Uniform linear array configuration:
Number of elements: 8
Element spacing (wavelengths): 0.5
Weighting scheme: cosine
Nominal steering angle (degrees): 45
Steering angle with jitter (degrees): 45.375
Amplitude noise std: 0.05
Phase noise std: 0.05

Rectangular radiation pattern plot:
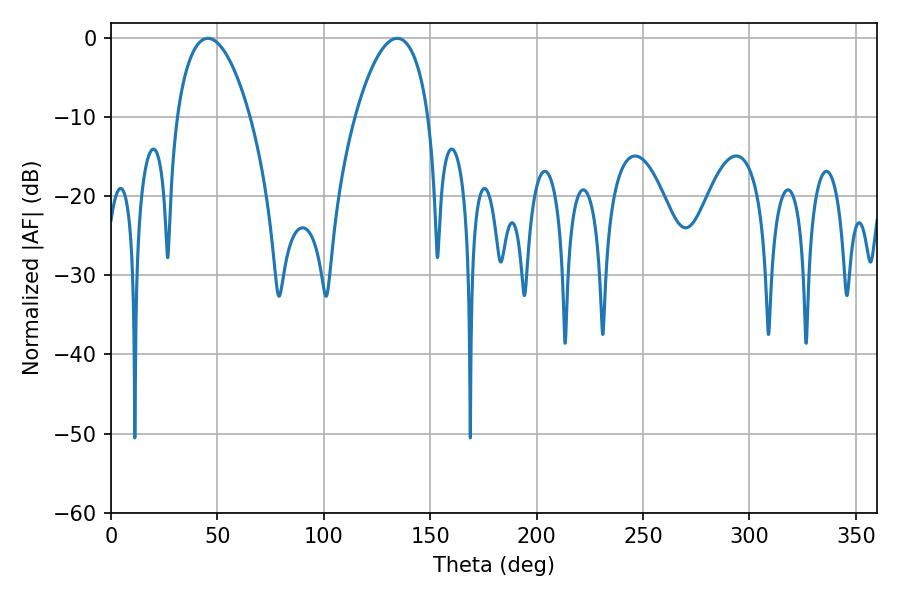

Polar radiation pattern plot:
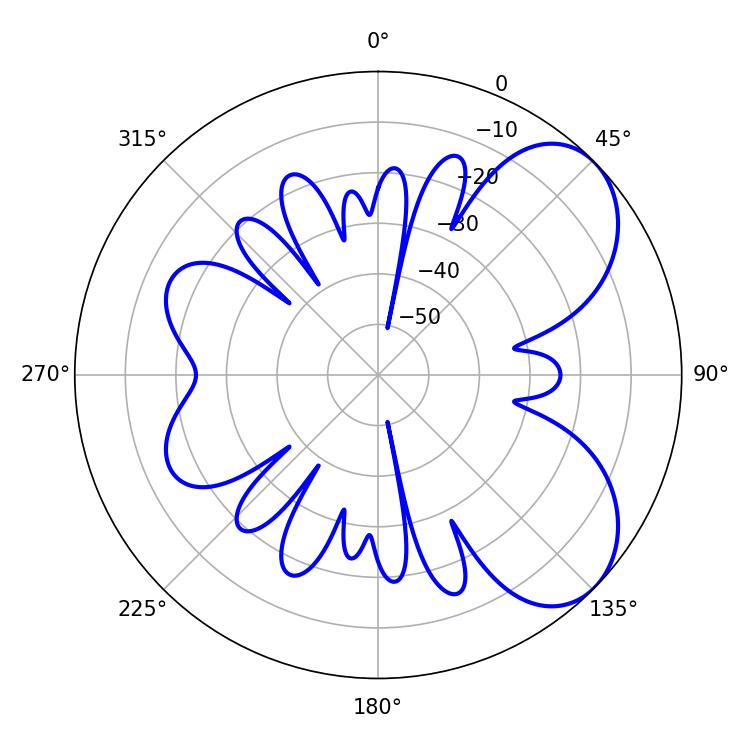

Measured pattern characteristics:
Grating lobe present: FALSE
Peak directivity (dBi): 6.063
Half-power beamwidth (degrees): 19.26
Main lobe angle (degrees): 45.54